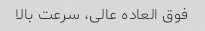
فوق العاده عالی، سرعت بالا